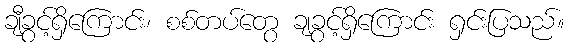
ချီခွင့်ရှိကြောင်း၊ စစ်တပ်တွေ ချခွင့်ရှိကြောင်း ရှင်းပြသည်။